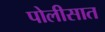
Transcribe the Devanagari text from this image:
पोलीसात